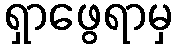
ရှာဖွေရာမှ